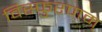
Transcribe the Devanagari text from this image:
विस्फुरणम्